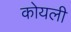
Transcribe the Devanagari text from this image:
कोयली